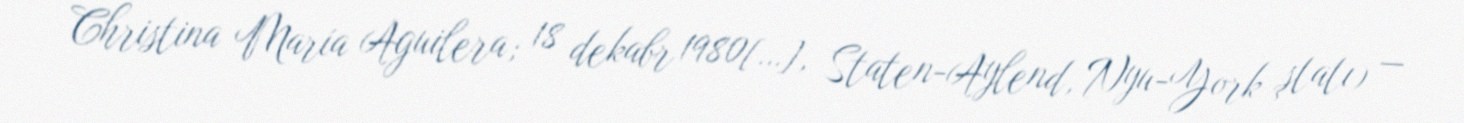
Christina María Aguilera; 18 dekabr 1980[…], Staten-Aylend, Nyu-York ştatı) —